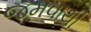
જમવાથી